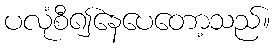
ပလုံစီ၍နေပေတော့သည်။